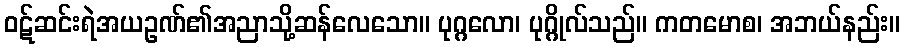
ဝဋ်ဆင်းရဲအယဥဏ်၏အညာသို့ဆန်လေသော။ ပုဂ္ဂလော၊ ပုဂ္ဂိုလ်သည်။ ကတမောစ၊ အဘယ်နည်း။